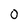
Character: 0